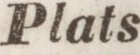
Plats